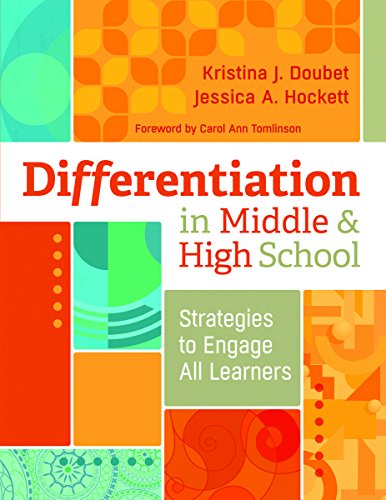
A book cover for Differentiation in Middle and High School: Strategies to Engage All Learners; Kristina J. Doubet; Education & Teaching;